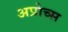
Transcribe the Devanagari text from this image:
अप्रोच्स